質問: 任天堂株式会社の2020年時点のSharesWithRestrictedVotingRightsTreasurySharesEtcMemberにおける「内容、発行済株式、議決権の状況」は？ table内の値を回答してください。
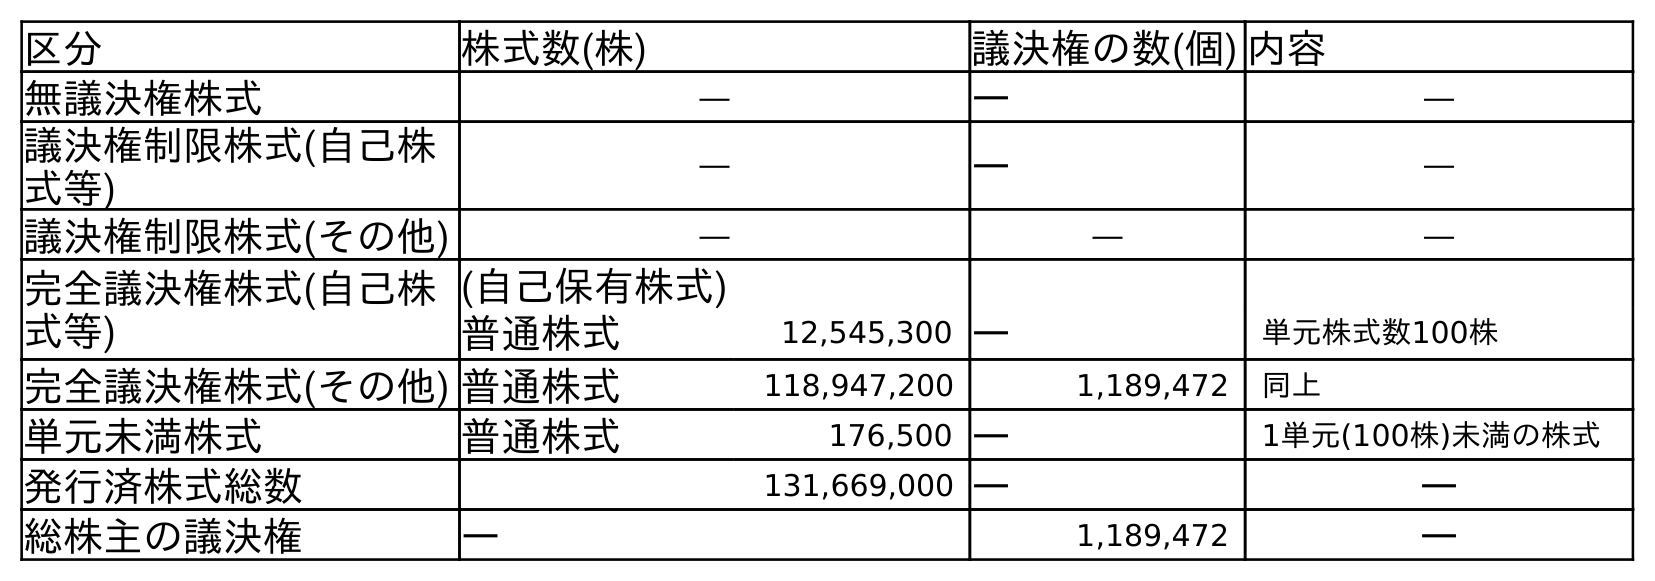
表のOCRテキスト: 区分 株式数(株) 議決権の数(個) 内容 無議決権株式 ― ― ― 議決権制限株式(自己株 式等) ― ― ― 議決権制限株式(その他) ― ― ― 完全議決権株式(自己株 式等) (自己保有株式) 普通株式 12,545,300 ― 単元株式数100株 完全議決権株式(その他) 普通株式 118,947,200 1,189,472 同上 単元未満株式 普通株式 176,500 ― 1単元(100株)未満の株式 発行済株式総数 131,669,000 ― ― 総株主の議決権 ― 1,189,472 ―
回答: ―